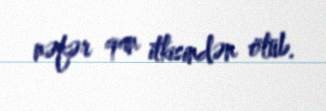
nəfər qan itkisindən ölüb.